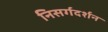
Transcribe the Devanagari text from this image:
निसर्गदर्शन